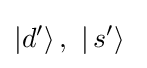
|d'\rangle \,,~|\,s'\rangle ~